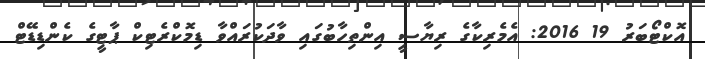
އޮކްޓޯބަރު 19 2016: އެމެރިކާގެ ރިޔާސީ އިންތިހާބުގައި ވާދަކުރައްވާ ޑިމޮކްރެޓިކް ޕާޓީގެ ކެންޑިޑޭޓް